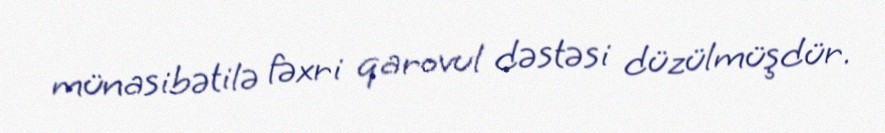
münasibətilə fəxri qarovul dəstəsi düzülmüşdür.